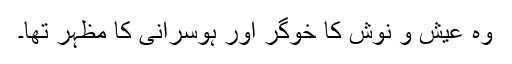
وہ عیش و نوش کا خوگر اور ہوسرانی کا مظہر تھا۔